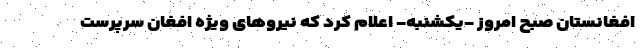
افغانستان صبح امروز -یکشنبه- اعلام کرد که نیروهای ویژه افغان سرپرست